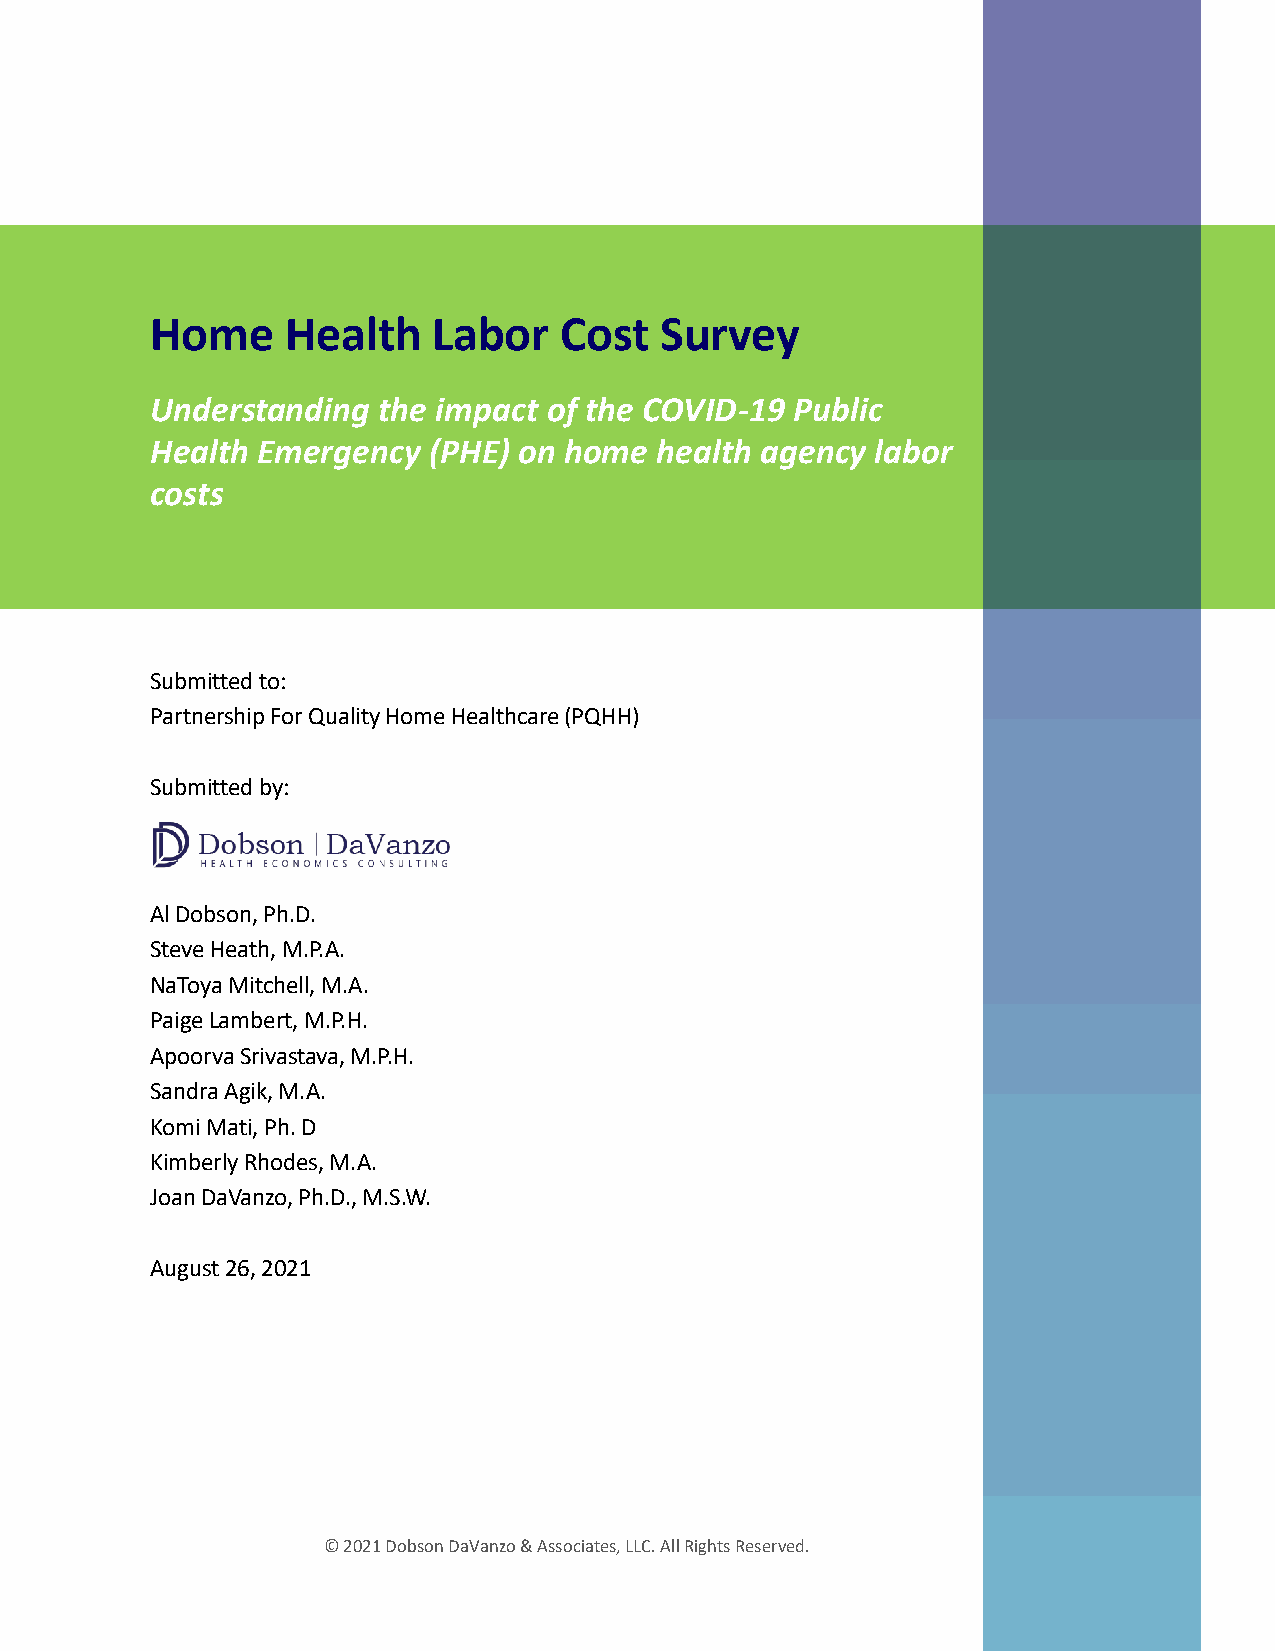
Home     Health    Labor   Cost   Survey
 Understanding  the impact of the COVID-19  Public
 Health Emergency  (PHE) on home  health agency  labor
 costs
 Submitted to:
 Partnership For Quality Home Healthcare (PQHH)
 Submitted by:
 Al Dobson, Ph.D.
 Steve Heath, M.P.A.
 NaToya Mitchell, M.A.
 Paige Lambert, M.P.H.
 Apoorva Srivastava, M.P.H.
 Sandra Agik, M.A.
 Komi Mati, Ph. D
 Kimberly Rhodes, M.A.
 Joan DaVanzo, Ph.D., M.S.W.
 August 26, 2021
 © 2021 Dobson DaVanzo & Associates, LLC. All Rights Reserved.